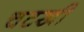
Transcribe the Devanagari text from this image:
चटखी